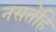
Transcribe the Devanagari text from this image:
नसतेंहि